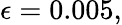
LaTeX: \epsilon=0.005,